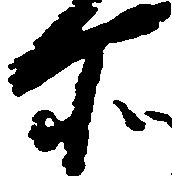
所